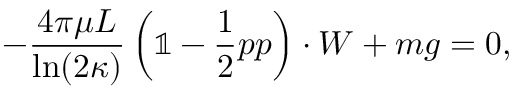
- \frac { 4 \pi \mu L } { \ln ( 2 \kappa ) } \left( \mathbb { 1 } - \frac { 1 } { 2 } \boldsymbol { p } \boldsymbol { p } \right) \cdot \boldsymbol { W } + m \boldsymbol { g } = 0 ,